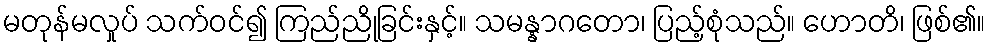
မတုန်မလှုပ် သက်ဝင်၍ ကြည်ညိုခြင်းနှင့်။ သမန္နာဂတော၊ ပြည့်စုံသည်။ ဟောတိ၊ ဖြစ်၏။